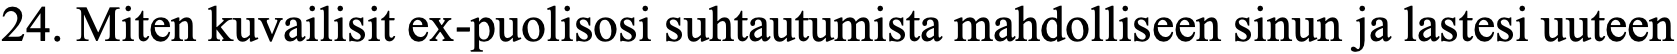
24. Miten kuvailisit ex-puolisosi suhtautumista mahdolliseen sinun ja lastesi uuteen